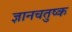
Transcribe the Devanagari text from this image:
ज्ञानचतुष्क